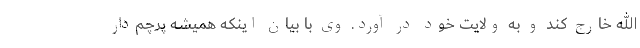
الله خارج کند و به ولایت خود در آورد. وی با بیان اینکه همیشه پرچم‌دار